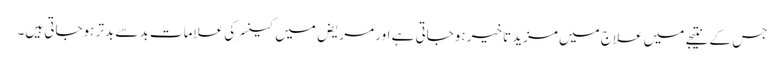
جس کے نتیجے میں علاج میں مزید تاخیر ہوجاتی ہے اور مریض میں کینسر کی علامات بد سے بدتر ہوجاتی ہیں۔